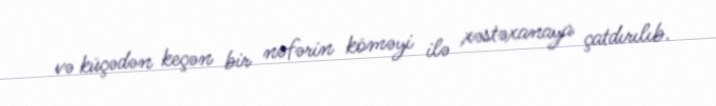
və küçədən keçən bir nəfərin köməyi ilə xəstəxanaya çatdırılıb.